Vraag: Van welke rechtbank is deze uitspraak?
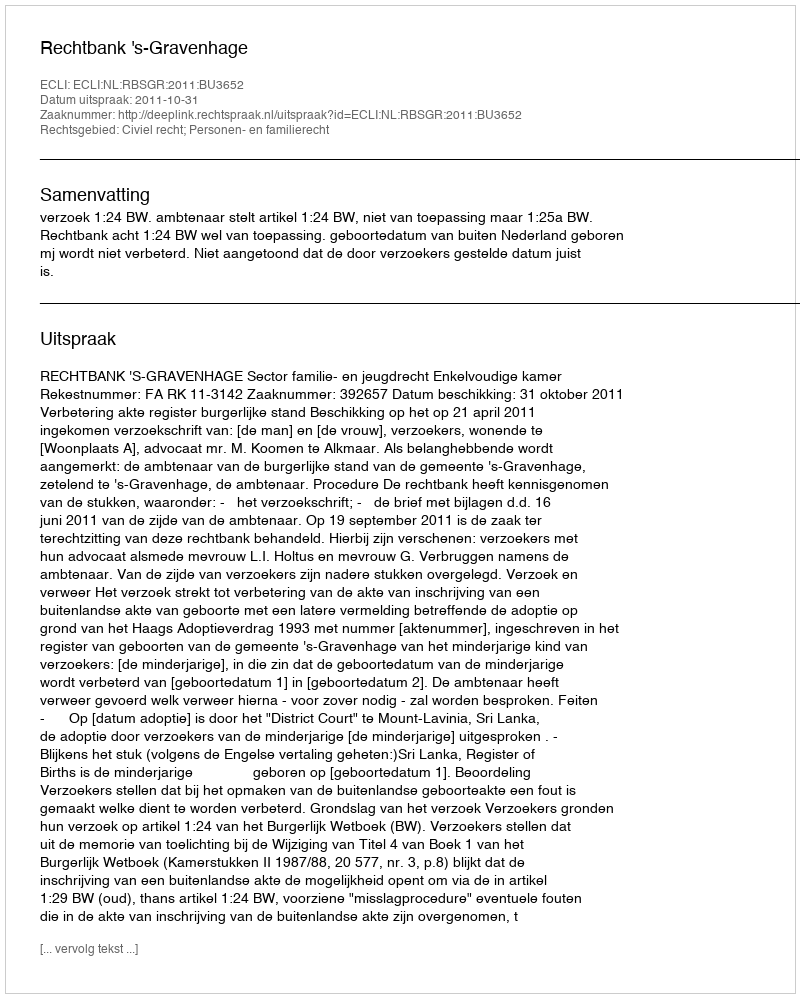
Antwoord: Rechtbank 's-Gravenhage